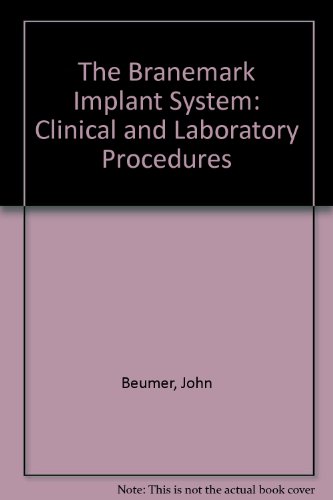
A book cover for Branemark Implant System: Clinical and Laboratory Procedures; John Beumer; Medical Books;